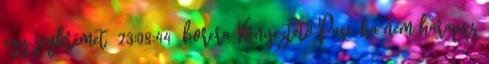
egy jégkrémet 23:08:44 borera Kényeztető Pasi: ha nem harapsz,